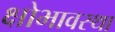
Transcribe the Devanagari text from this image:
क्षोभावस्था